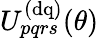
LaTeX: U_{pqrs}^{(\mathrm{{dq})}}(\theta)